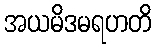
အယမိဒမရဟတိ